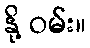
နို့ ဝမ်း။